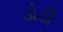
ડોડી